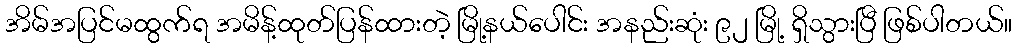
အိမ်အပြင်မထွက်ရ အမိန့်ထုတ်ပြန်ထားတဲ့ မြို့နယ်ပေါင်း အနည်းဆုံး ၉၂ မြို့ ရှိသွားပြီ ဖြစ်ပါတယ်။